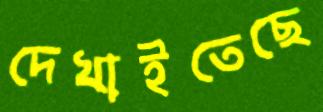
দেখাইতেছে